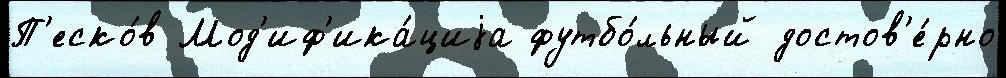
П'еско́в Мод'иф'ика́циjа футбо́льный достов'е́рно